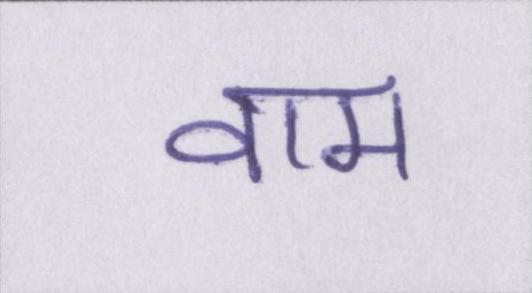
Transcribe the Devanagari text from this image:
वाम